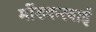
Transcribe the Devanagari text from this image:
मोंडकरबाई